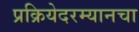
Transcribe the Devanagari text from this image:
प्रक्रियेदरम्यानचा